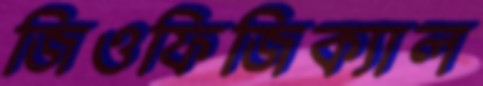
জিওফিজিক্যাল